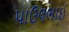
પાઉલભાઈ